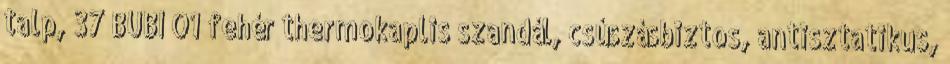
talp, 37 BUBI O1 fehér thermokaplis szandál, csúszásbiztos, antisztatikus,